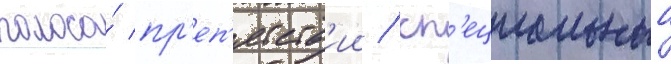
полоса́ пр'еп'ятств'ии / сп'ециальныи